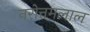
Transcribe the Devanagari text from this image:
नरोत्तमलाल